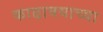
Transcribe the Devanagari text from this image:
काढावयाच्या